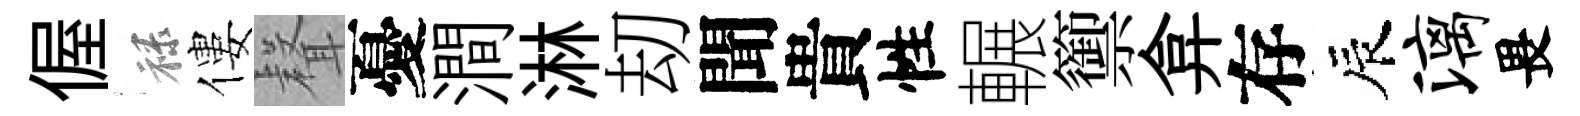
偓禄僂𮋻憂澗淋刧聞貴性輾籞弇存辰漓畏